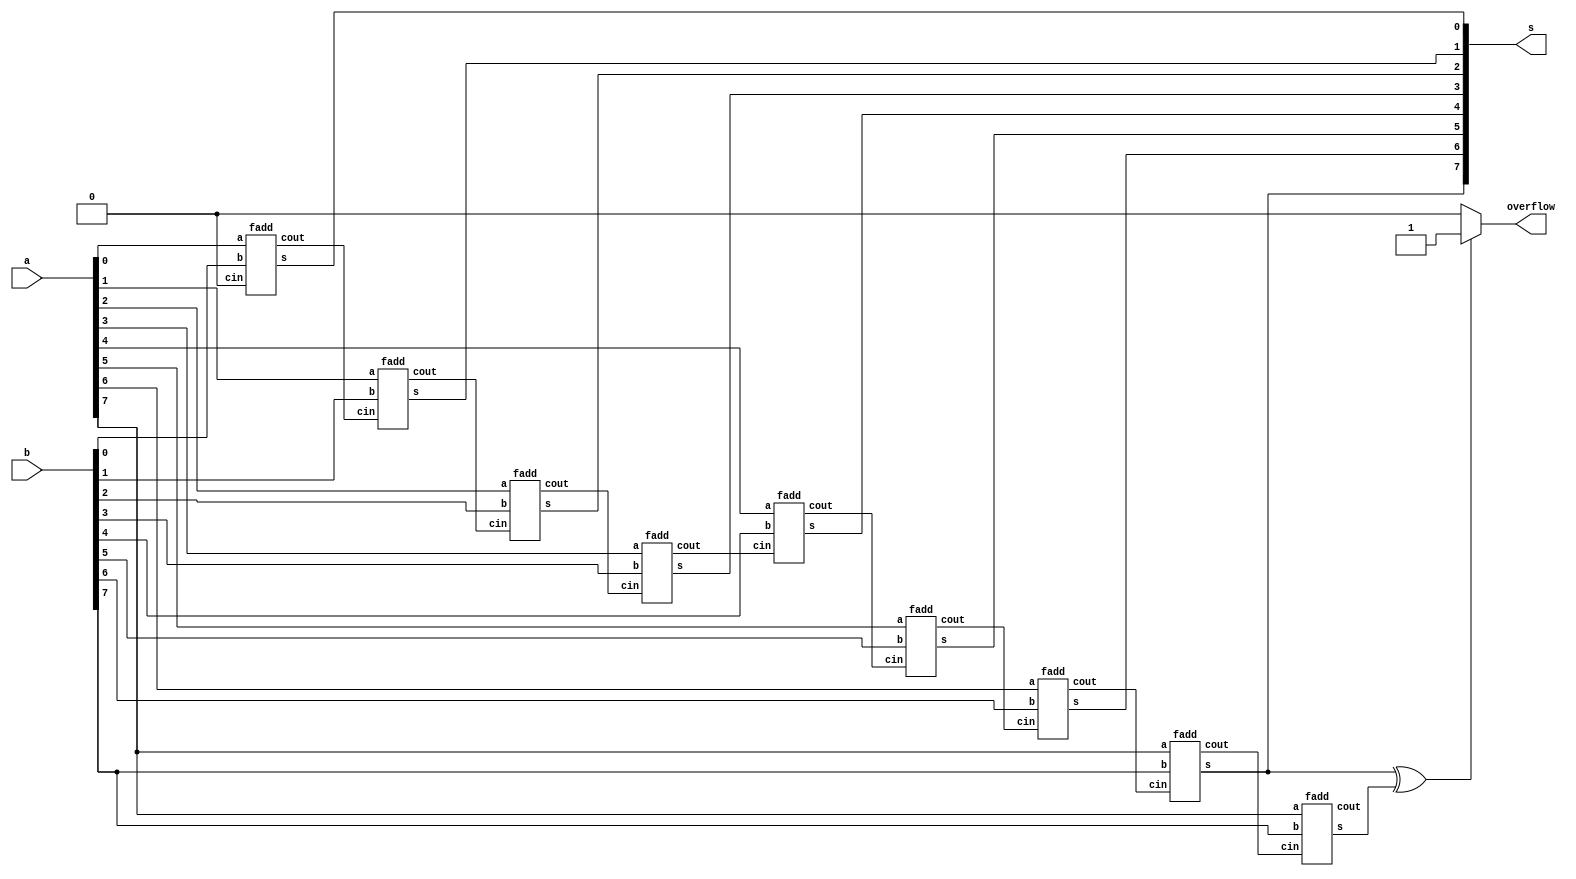
module top_module (
    input [7:0] a,
    input [7:0] b,
    output [7:0] s,
    output overflow
); 

// complement numbers 
// overflow 
// 
    wire [9:0] cout;
    wire a_8, b_8, s_8;
    assign a_8 = a[7];
    assign b_8 = b[7];
    assign cout[0] = 0;
    genvar i;
    generate
        for(i=0; i<=7; i=i+1)
        begin:fulladd
            fadd fa(
                .a(a[i]),
                .b(b[i]),
                .cin(cout[i]),
                .s(s[i]),
                .cout(cout[i+1])
            );
        end    
    endgenerate

    fadd signadd(a_8, b_8, cout[8], s_8, cout[9]);
    assign overflow = s[7] ^ s_8 ? 1 : 0;

endmodule

module fadd(
    input a, b, cin,
    output s, cout);

    assign s = a ^ b ^ cin;
    assign cout = (a && b) || (a && cin) || (b && cin);

endmodule